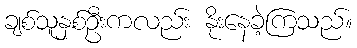
ချစ်သူနှစ်ဦးကလည်း နိုးနေခဲ့ကြသည်။